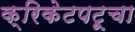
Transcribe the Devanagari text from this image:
क्रिकेटपटूचा